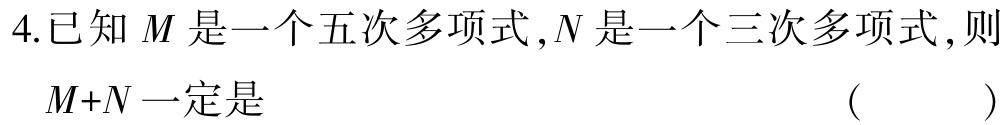
4.已知\(M\)是一个五次多项式，\(N\)是一个三次多项式，则\(M + N\)一定是 （  ）